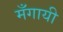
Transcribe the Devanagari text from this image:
मँगायी